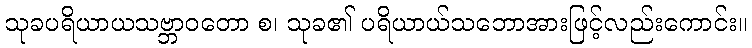
သုခပရိယာယသဗ္ဘာဝတော စ၊ သုခ၏ ပရိယာယ်သဘောအားဖြင့်လည်းကောင်း။